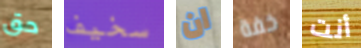
حق سخيف ان خفة أنت